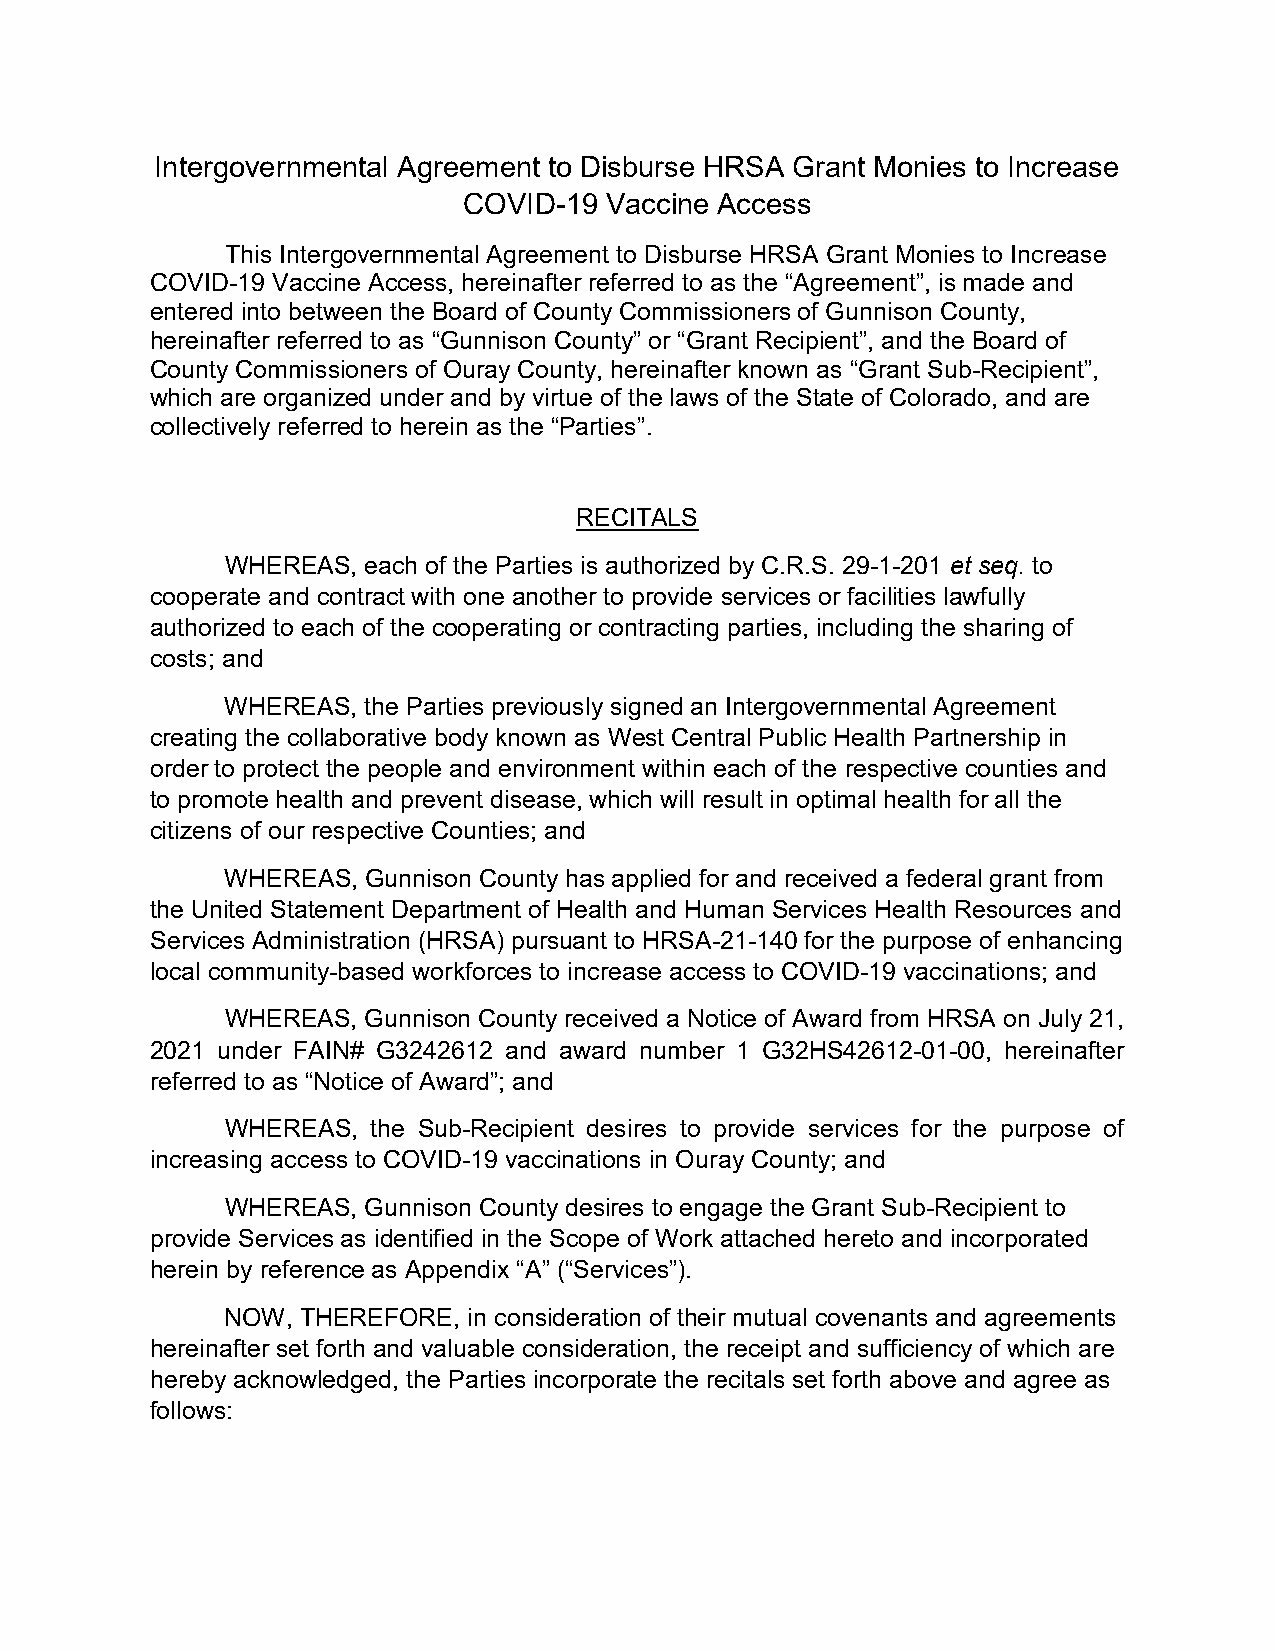
Intergovernmental Agreement to Disburse HRSA Grant Monies to Increase
 COVID-19 Vaccine Access
 This Intergovernmental Agreement to Disburse HRSA Grant Monies to Increase
 COVID-19 Vaccine Access, hereinafter referred to as the “Agreement”, is made and
 entered into between the Board of County Commissioners of Gunnison County,
 hereinafter referred to as “Gunnison County” or “Grant Recipient”, and the Board of
 County Commissioners of Ouray County, hereinafter known as “Grant Sub-Recipient”,
 which are organized under and by virtue of the laws of the State of Colorado, and are
 collectively referred to herein as the “Parties”.
 RECITALS
 WHEREAS, each of the Parties is authorized by C.R.S. 29-1-201 et seq. to
 cooperate and contract with one another to provide services or facilities lawfully
 authorized to each of the cooperating or contracting parties, including the sharing of
 costs; and
 WHEREAS, the Parties previously signed an Intergovernmental Agreement
 creating the collaborative body known as West Central Public Health Partnership in
 order to protect the people and environment within each of the respective counties and
 to promote health and prevent disease, which will result in optimal health for all the
 citizens of our respective Counties; and
 WHEREAS, Gunnison County has applied for and received a federal grant from
 the United Statement Department of Health and Human Services Health Resources and
 Services Administration (HRSA) pursuant to HRSA-21-140 for the purpose of enhancing
 local community-based workforces to increase access to COVID-19 vaccinations; and
 WHEREAS, Gunnison County received a Notice of Award from HRSA on July 21,
 2021 under FAIN# G3242612 and award number 1 G32HS42612-01-00, hereinafter
 referred to as “Notice of Award”; and
 WHEREAS,  the Sub-Recipient desires to provide services for the purpose of
 increasing access to COVID-19 vaccinations in Ouray County; and
 WHEREAS, Gunnison County desires to engage the Grant Sub-Recipient to
 provide Services as identified in the Scope of Work attached hereto and incorporated
 herein by reference as Appendix “A” (“Services”).
 NOW, THEREFORE, in consideration of their mutual covenants and agreements
 hereinafter set forth and valuable consideration, the receipt and sufficiency of which are
 hereby acknowledged, the Parties incorporate the recitals set forth above and agree as
 follows: